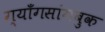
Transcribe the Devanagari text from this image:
ग्याँगसांगबुक